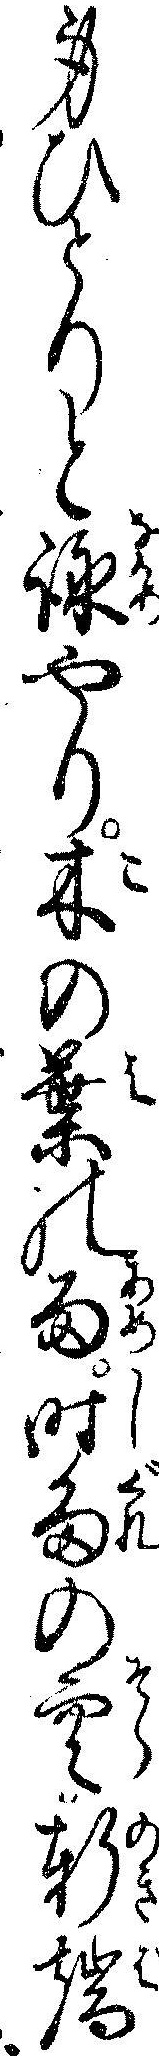
身ひとりと詠やり木の葉の雨時雨の空軒端